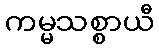
ကမ္မသစ္စာယီ